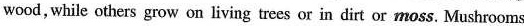
wood, while others grow on living trees or in dirt or moss. Mushrooms